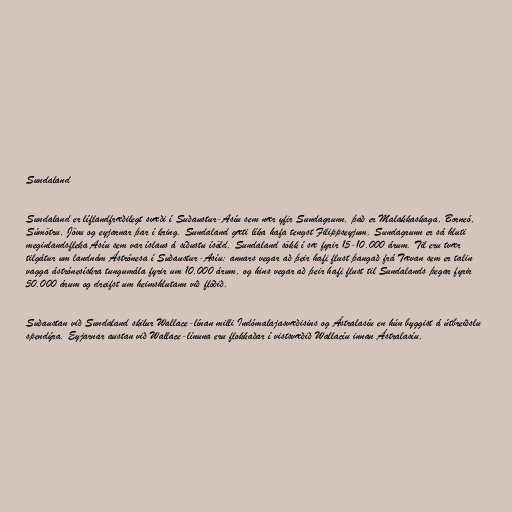
Sundaland

Sundaland er líflandfræðilegt svæði í Suðaustur-Asíu sem nær yfir Sundagrunn, það er Malakkaskaga, Borneó,
Súmötru, Jövu og eyjarnar þar í kring. Sundaland gæti líka hafa tengst Filippseyjum. Sundagrunn er sá hluti
meginlandsfleka Asíu sem var íslaus á síðustu ísöld. Sundaland sökk í sæ fyrir 15-10.000 árum. Til eru tvær
tilgátur um landnám Ástrónesa í Suðaustur-Asíu: annars vegar að þeir hafi flust þangað frá Tævan sem er talin
vagga ástrónesískra tungumála fyrir um 10.000 árum, og hins vegar að þeir hafi flust til Sundalands þegar fyrir
50.000 árum og dreifst um heimshlutann við flóðið.

Suðaustan við Sundaland skilur Wallace-línan milli Indómalajasvæðisins og Ástralasíu en hún byggist á útbreiðslu
spendýra. Eyjarnar austan við Wallace-línuna eru flokkaðar í vistsvæðið Wallacíu innan Ástralasíu.